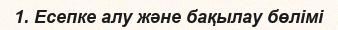
1. Есепке алу және бақылау бөлімі